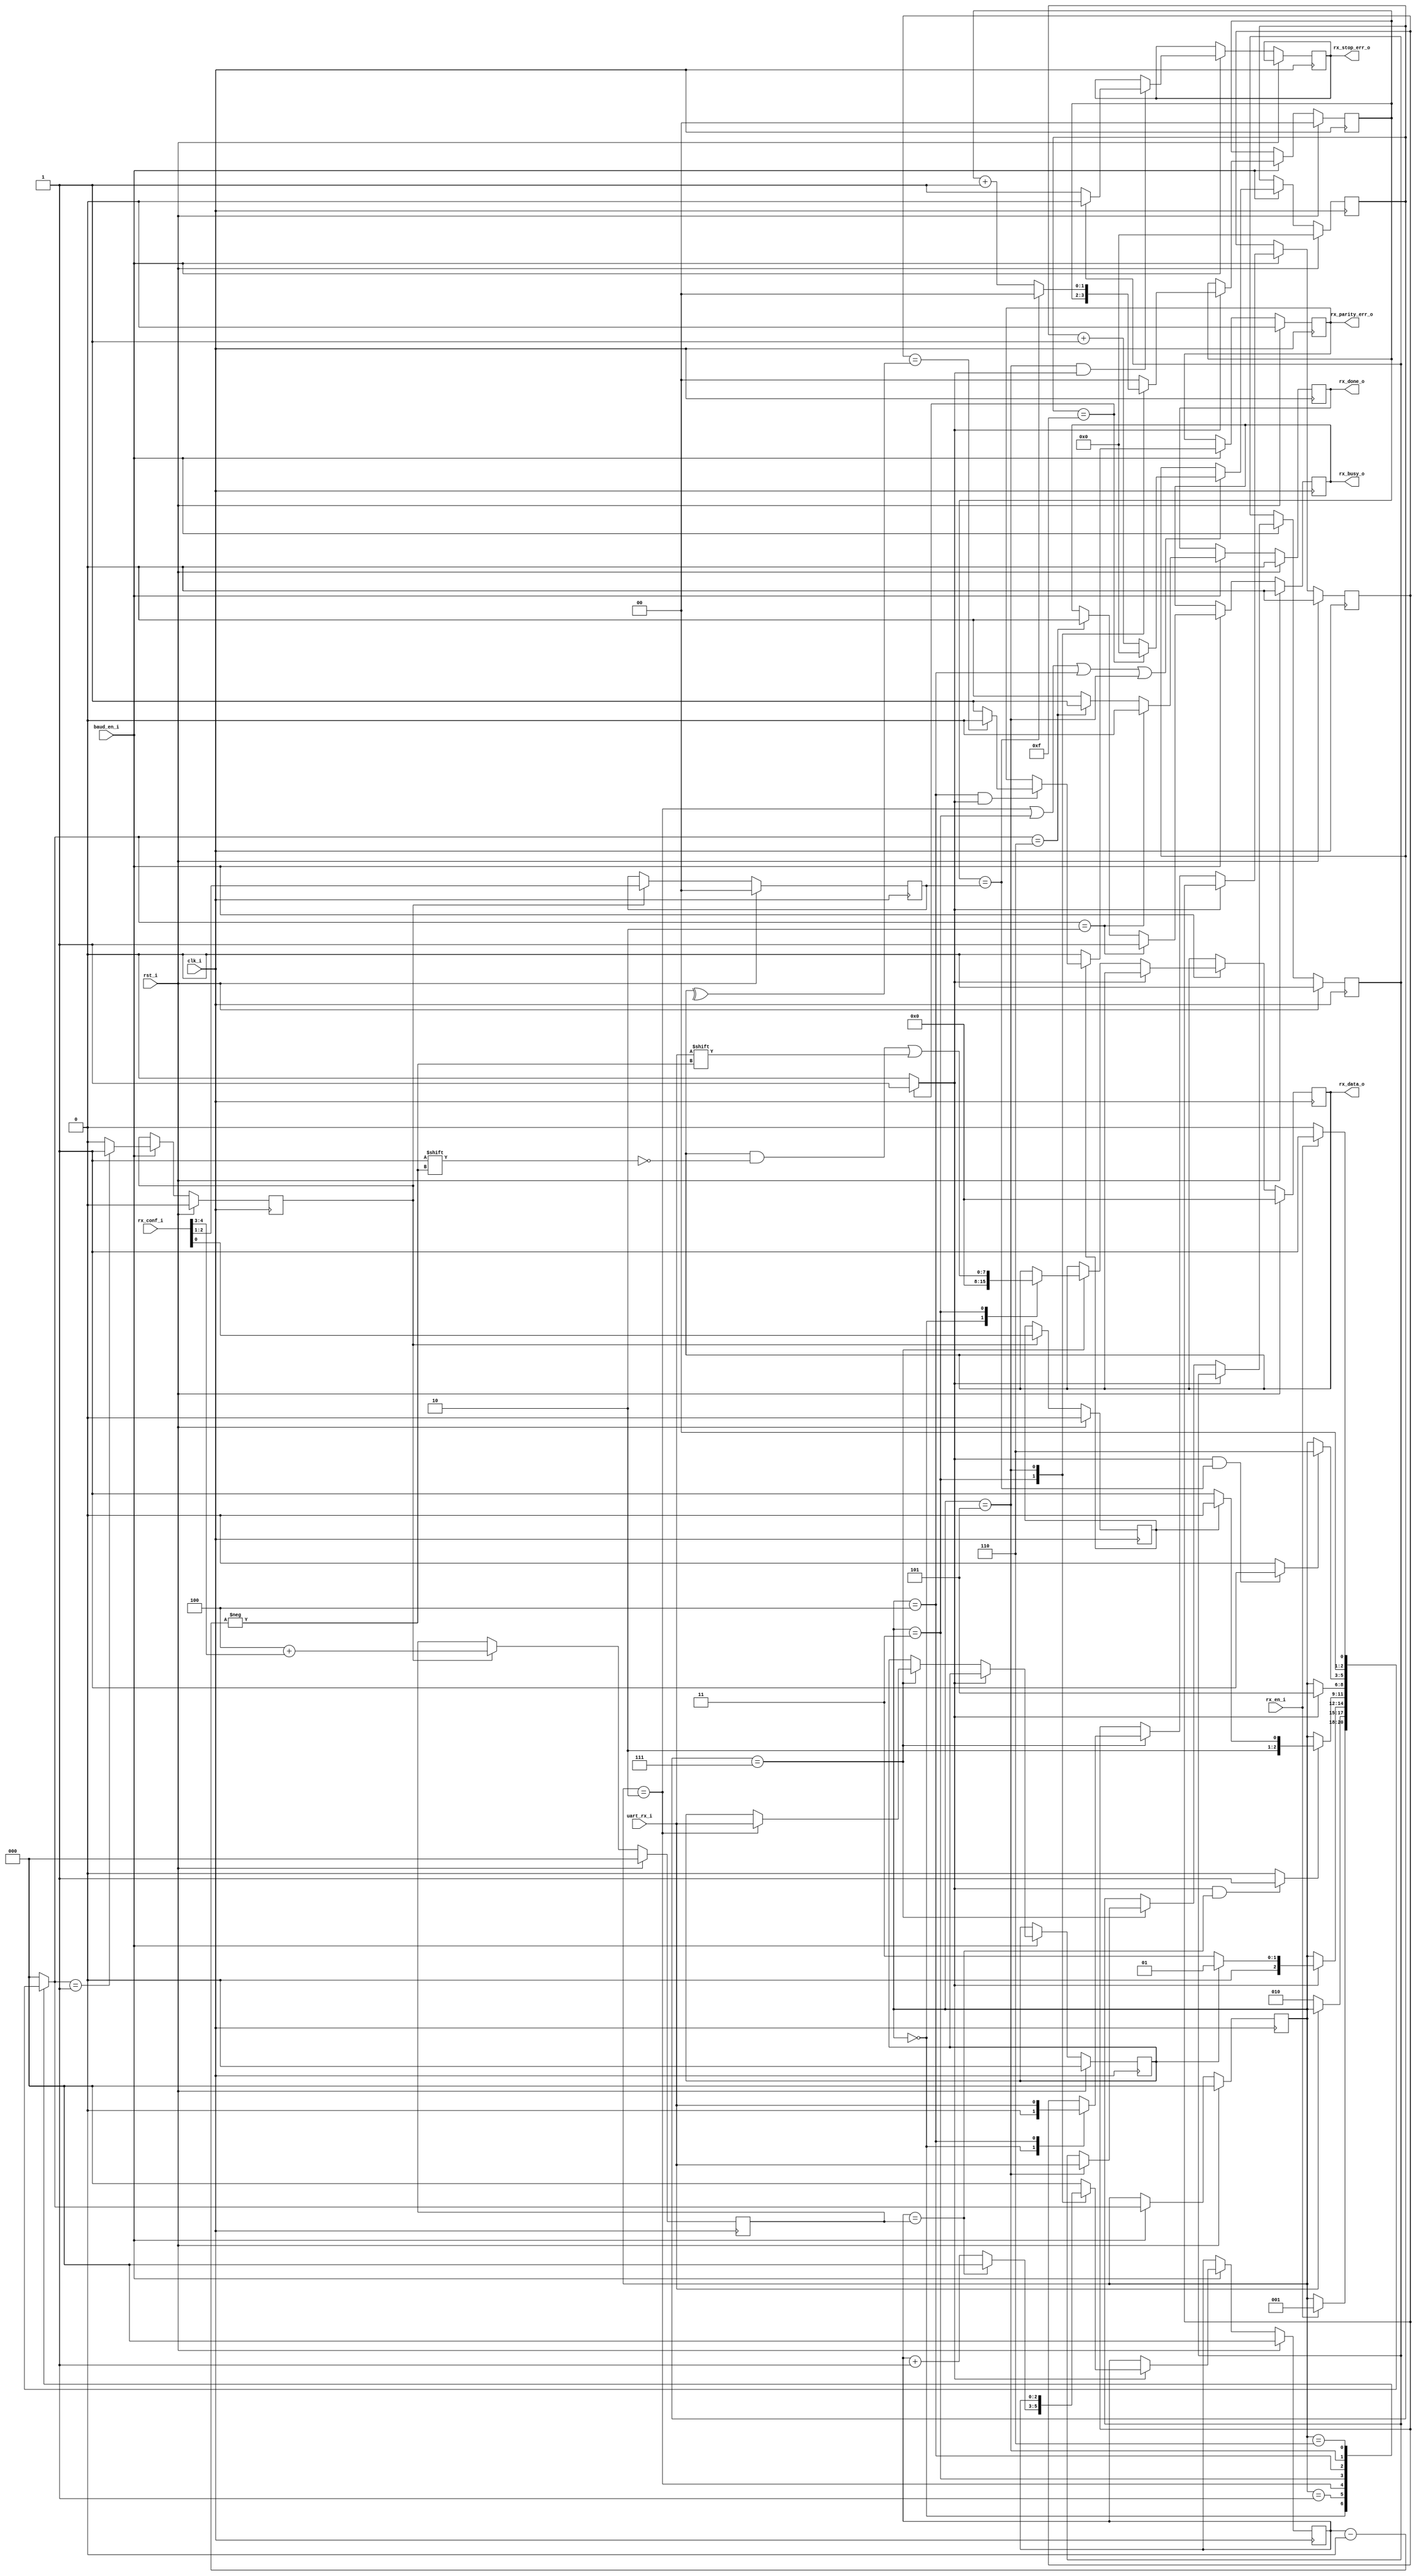
/*------------------------------------------------------------------------------
-- Title      : FPGA UART Receive Module
-- Project    : FPGA UART
--------------------------------------------------------------------------------
-- File       : rx_module.v
-- Author(s)  : Thomas Szymkowiak
-- Company    : TUNI
-- Created    : 2023-04-16
-- Design     : rx_module
-- Platform   : -
-- Standard   : Verilog '05
--------------------------------------------------------------------------------
-- Revisions:
-- Date        Version  Author  Description
-- 2023-07-15  1.0      TZS     Created
------------------------------------------------------------------------------*/
/***  DESCRIPTION ***/
//! Module to perform receipt of UART data from the uart_rx_i port.
/*----------------------------------------------------------------------------*/

`timescale 1ns/1ps

module rx_module #(
  //! Maximum width of UART data 
  parameter MAX_UART_DATA_W = 8,
  //! Width of stop bit configuration field
  parameter STOP_CONF_W     = 2,
  //! Width of data bit configuration field
  parameter DATA_CONF_W     = 2,
  //! Width of sample counter within Tx and Rx module (sampled 16 times)
  parameter SAMPLE_COUNT_W  = 4,
  //! Total width of configuration data bits sent to Tx and Rx modules
  parameter TOTAL_CONF_W    = 5,
  //! Width of UART data counter
  parameter DATA_COUNTER_W  = 3 
) (

  input  wire                       clk_i,     //! Top clock  
  input  wire                       rst_i,     //! Synchronous active-high reset   
  input  wire                       baud_en_i, //! Baud rate select signal     
  input  wire                       rx_en_i,   //! Enable for Rx module      
  input  wire                       uart_rx_i, //! Synchronised external Rx input of UART           
  input  wire [   TOTAL_CONF_W-1:0] rx_conf_i, //! Rx configuration data conf {data[1:0], stop[1:0], parity_en}         

  output wire                       rx_done_o,       //! Rx done status signal (pulsed when Rx of one character completed)  
  output wire                       rx_busy_o,       //! Rx status signal to indicate Rx module is busy receiving something   
  output wire                       rx_parity_err_o, //! Rx status signal indicating that a parity error was recognised in latest received data
  output wire                       rx_stop_err_o,   //! Rx status signal to indicate that a stop error was recognised in latest received data
  output wire [MAX_UART_DATA_W-1:0] rx_data_o        //! Rx data that has been received
);

/*** CONSTANTS ****************************************************************/

  //! Rx fsm states
  localparam reg [3-1:0] 
    Reset      = 3'b000,
    Idle       = 3'b001,
    RecvStart  = 3'b010,
    RecvData   = 3'b011,
    RecvParity = 3'b100,
    RecvStop   = 3'b101,
    Done       = 3'b110;
  //! Max value of symbol sample counter (16-1)
  localparam SampleCounterMax = 4'd15;
  //! Mid value of symbol sample counter used to determine when to latch sample
  localparam SampleCountMid   = 4'd7;

  /*** SIGNALS ****************************************************************/

  wire final_sample_s;
  wire last_data_sample_s;
  wire last_stop_sample_s;

  reg uart_rx_s      = 1'b0;
  reg load_rx_conf_r = 1'b0;
  reg start_r        = 1'b0;
  reg stop_r         = 1'b0;
  reg parity_r       = 1'b0;
  reg parity_en_r    = 1'b0;
  reg busy_r         = 1'b0;
  reg rx_done_r      = 1'b0;
  reg parity_error_r = 1'b0;
  reg stop_error_r   = 1'b0;

  reg [              3-1:0] c_state_r          = {3{1'b0}}; 
  reg [              3-1:0] n_state_s          = {3{1'b0}};
  reg [ DATA_COUNTER_W-1:0] data_counter_r     = {DATA_COUNTER_W{1'b0}};
  reg [    STOP_CONF_W-1:0] stop_counter_r     = {STOP_CONF_W{1'b0}};
  reg [ SAMPLE_COUNT_W-1:0] sample_counter_r   = {SAMPLE_COUNT_W{1'b0}};
  reg [MAX_UART_DATA_W-1:0] rx_data_r          = {MAX_UART_DATA_W{1'b0}};
  reg [ DATA_COUNTER_W-1:0] data_counter_max_r = {DATA_COUNTER_W{1'b0}};
  reg [    STOP_CONF_W-1:0] stop_counter_max_r = {STOP_CONF_W{1'b0}};

  /*** RTL ********************************************************************/

  /*** ASSIGNMENTS ***/

  assign final_sample_s     = (sample_counter_r == SampleCounterMax) ? 1'b1 : 1'b0;
  assign last_data_sample_s = (final_sample_s &&
                               (data_counter_r == data_counter_max_r)) ? 1'b1 : 1'b0;
  assign last_stop_sample_s = (final_sample_s &&
                               (stop_counter_r == stop_counter_max_r)) ? 1'b1 : 1'b0;;
  assign rx_done_o          = rx_done_r;
  assign rx_busy_o          = busy_r;
  assign rx_parity_err_o    = parity_error_r;
  assign rx_stop_err_o      = stop_error_r;
  assign rx_data_o          = rx_data_r;

  /*** FSM ***/

  //! Synch current state assignment for Rx FSM
  always @(posedge clk_i) begin : sync_fsm_next_state

    if (rst_i) begin
      c_state_r <= Reset;
    end else if (baud_en_i) begin
      c_state_r <= n_state_s;
    end

  end

  //! Comb next state assignment for Rx FSM
  always @(*) begin : comb_fsm_next_state

    n_state_s = c_state_r;

    case(c_state_r)

      Reset : begin                                                         /**/
        if ( rx_en_i ) begin
          n_state_s = Idle;
        end
      end

      Idle : begin                                                          /**/
        if ( ~uart_rx_i ) begin
          n_state_s = RecvStart;
        end
      end

      RecvStart : begin                                                     /**/
        if ( final_sample_s) begin
          /* check if start bit value was maintained from start of sample period
             if not, assume glitch and return to idle */
          if (~start_r) begin
            n_state_s = RecvData;
          end else begin 
            n_state_s = Idle;
          end
        end
      end

      RecvData : begin                                                      /**/
        if ( last_data_sample_s ) begin
          if (parity_en_r) begin
            n_state_s = RecvParity;
          end else begin
            n_state_s = RecvStop;
          end
        end
      end

      RecvParity : begin                                                    /**/
        if ( final_sample_s ) begin
          n_state_s = RecvStop;
        end
      end

      RecvStop : begin                                                      /**/
        if ( last_stop_sample_s ) begin
          n_state_s = Done;
        end
      end

      Done : begin                                                          /**/
        if ( rx_en_i ) begin
          n_state_s = Idle;
        end else begin
          n_state_s = Reset;
        end
      end

      default : begin                                                       /**/
        n_state_s = Reset;
      end
    endcase

  end // comb_fsm_next_state

  /*** Bit Counters + Data capture + Parity ***/

  //! Synch capturing of Rx data                               
  always @(posedge clk_i) begin : sync_data_capture

    if (rst_i) begin

      sample_counter_r <= {SAMPLE_COUNT_W{1'b0}};
      data_counter_r   <= {DATA_COUNTER_W{1'b0}};
      stop_counter_r   <= {STOP_CONF_W{1'b0}};
      rx_data_r        <= {MAX_UART_DATA_W{1'b0}};
      start_r          <= 1'b0;
      stop_r           <= 1'b0;
      parity_r         <= 1'b0;
      parity_error_r   <= 1'b0;

    end else if (baud_en_i) begin

      // increment sample counter values with each tick of baud clk (clk_i)
      if (c_state_r == RecvStart  || c_state_r == RecvData ||
          c_state_r == RecvParity || c_state_r == RecvStop) begin
        sample_counter_r <= (sample_counter_r == SampleCounterMax) ? 0 : sample_counter_r + 1;
      end

      // parity checking
      if (parity_en_r) begin
        if ( (c_state_r == RecvParity) && final_sample_s ) begin
          // parity error remains high until next correct message is received while parity enabled
          parity_error_r <= (parity_r == (^rx_data_r)) ? 1'b0 : 1'b1;
        end
      end else begin
        parity_error_r <= 1'b0;
      end

      // stop checking
      if ((c_state_r == RecvStop) && final_sample_s ) begin
        stop_error_r <= (stop_r == 1'b0) ? 1'b1 : 1'b0;
      end

      // manage bit counter values at final sample of each bit
      if ( final_sample_s ) begin

        case (c_state_r)
          RecvData : begin
            data_counter_r <= (data_counter_r == data_counter_max_r) ? 0 : data_counter_r + 1;
          end
          RecvStop : begin
            stop_counter_r <= (stop_counter_r == stop_counter_max_r) ? 0 : stop_counter_r + 1;
          end
          default : begin
            data_counter_r <= 0;
            stop_counter_r <= 0;
          end
        endcase

      // sample RX line when at midpoint of bit
      end else if (sample_counter_r == SampleCountMid) begin

        case ( c_state_r )
          Reset : begin
            rx_data_r <= {MAX_UART_DATA_W{1'b0}};
            parity_r  <= 1'b0;
          end
          RecvStart : begin
            start_r <= uart_rx_i;
          end
          RecvData : begin
            rx_data_r[data_counter_r] <= uart_rx_i;
          end
          RecvParity : begin
            parity_r <= uart_rx_i;
          end
          RecvStop : begin
            stop_r <= uart_rx_i;
          end
          default : begin
            // do nothing
          end
        endcase

      end
    end

  end // sync_data_capture

  /*** Busy  + Done ***/

  //! Synch busy and done signal generation
  always @(posedge clk_i) begin : sync_busy_done

    if (rst_i) begin
      busy_r         <= 1'b0;
      rx_done_r      <= 1'b0;
      load_rx_conf_r <= 1'b0;
    end else if (baud_en_i) begin

      rx_done_r      <= 1'b0;
      load_rx_conf_r <= 1'b0;

      if (n_state_s == RecvStart) begin
        busy_r    <= 1'b1;
      end else if (n_state_s == Done) begin
        busy_r    <= 1'b0;
        rx_done_r <= 1'b1; // rx_done high for 1 clk period
      end
      // load configuration data whenever moving into or staying in idle
      if (n_state_s == Idle) begin
        load_rx_conf_r <= 1'b1;
      end
    end

  end // sync_busy_done

  /*** Load configuration ***/

  //! Synch latching of configuration inputs 
  always @(posedge clk_i) begin : sync_rx_conf_load

    if (rst_i) begin
      parity_en_r        <= 1'b0;
      stop_counter_max_r <= {STOP_CONF_W{1'b0}};
      data_counter_max_r <= {DATA_COUNTER_W{1'b0}};
    end else begin
      if (load_rx_conf_r) begin
        parity_en_r        <= rx_conf_i[0];
        stop_counter_max_r <= rx_conf_i[2:1];
        data_counter_max_r <= 3'd4 + rx_conf_i[4:3];
      end
    end

  end // sync_rx_conf_load

endmodule // rx_module